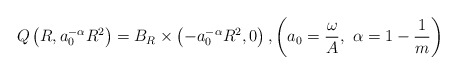
\begin{align*}Q\left(R,a_0^{-\alpha}R^2\right)=B_{R}\times\left(-a_0^{-\alpha}R^2,0\right), \left(a_0=\frac{\omega}{A}, \,\,\alpha=1-\frac{1}{m}\right)\end{align*}